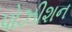
પોઝીશન